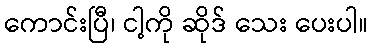
ကောင်းပြီ၊ ငါ့ကို ဆိုဒ် သေး ပေးပါ။